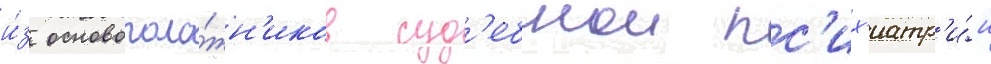
и́з основополо́жн'иков суд'ебнои пс'их'иатр'и́и